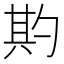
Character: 𭅌